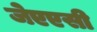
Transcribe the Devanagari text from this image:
जेएएसी